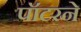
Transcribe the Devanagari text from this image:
पॉटरने